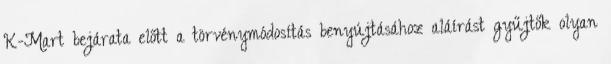
K-Mart bejárata előtt a törvénymódosítás benyújtásához aláírást gyűjtők olyan